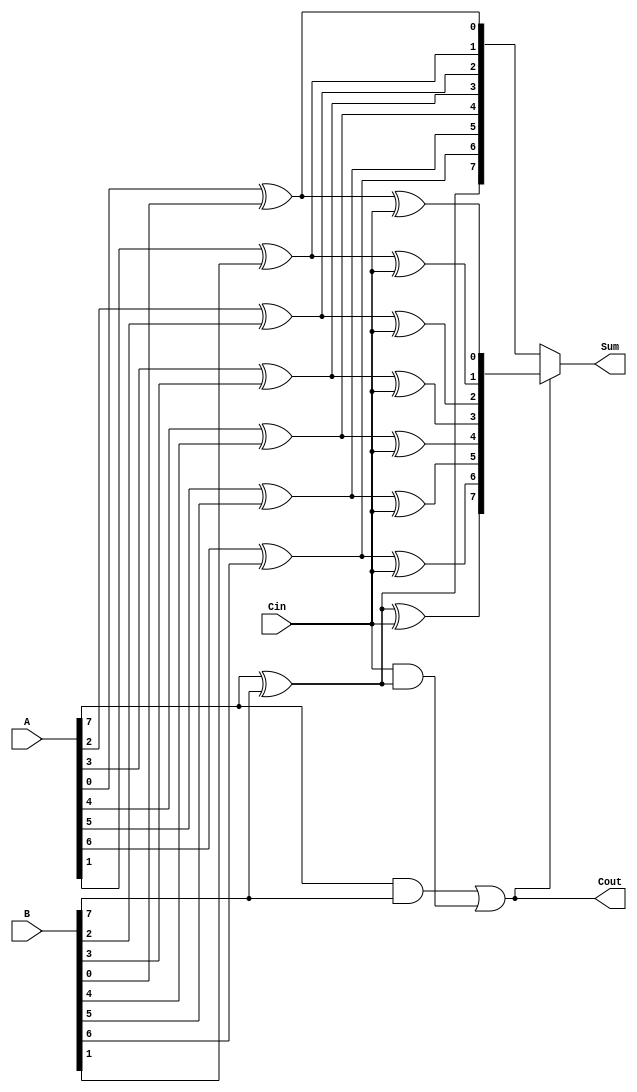
module ConditionalSumAdder #(parameter N = 8) (
    input  [N-1:0] A,      // First n-bit input
    input  [N-1:0] B,      // Second n-bit input
    input         Cin,      // Carry-in
    output [N-1:0] Sum,     // n-bit sum output
    output        Cout       // Carry-out
);

// Internal wires for sum and carry generation
wire [N-1:0] S0;          // Sum without carry
wire [N-1:0] S1;          // Sum with carry
wire [N-1:0] C1;          // Carry out for each bit

genvar i;
generate
    for (i = 0; i < N; i = i + 1) begin : CSA_GEN
        // Conditional sum calculations
        assign S0[i] = A[i] ^ B[i];              // Sum without carry
        assign S1[i] = S0[i] ^ Cin;               // Sum with carry
        assign C1[i] = (A[i] & B[i]) | (Cin & S0[i]); // Carry out for this bit
    end
endgenerate

// Generate final sum based on carries
wire [N-1:0] final_sum;
assign final_sum = (C1[N-1] ? S1 : S0);  // Select sum based on final carry

// Final sum output and carry-out
assign Sum = final_sum;
assign Cout = C1[N-1]; // Carry-out from the last bit

endmodule